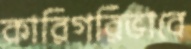
কারিগরিভাবে